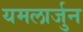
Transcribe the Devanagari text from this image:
यमलार्जुन